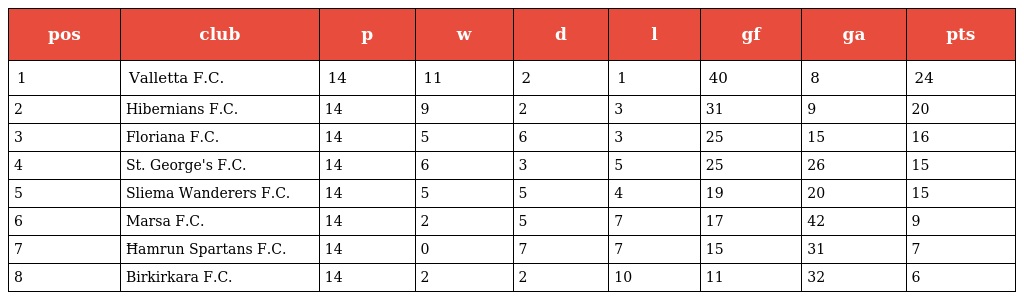
| pos | club | p | w | d | l | gf | ga | pts |
 | --- | --- | --- | --- | --- | --- | --- | --- | --- |
 | 1 | Valletta F.C. | 14 | 11 | 2 | 1 | 40 | 8 | 24 |
 | 2 | Hibernians F.C. | 14 | 9 | 2 | 3 | 31 | 9 | 20 |
 | 3 | Floriana F.C. | 14 | 5 | 6 | 3 | 25 | 15 | 16 |
 | 4 | St. George's F.C. | 14 | 6 | 3 | 5 | 25 | 26 | 15 |
 | 5 | Sliema Wanderers F.C. | 14 | 5 | 5 | 4 | 19 | 20 | 15 |
 | 6 | Marsa F.C. | 14 | 2 | 5 | 7 | 17 | 42 | 9 |
 | 7 | Ħamrun Spartans F.C. | 14 | 0 | 7 | 7 | 15 | 31 | 7 |
 | 8 | Birkirkara F.C. | 14 | 2 | 2 | 10 | 11 | 32 | 6 |